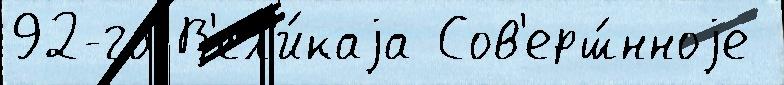
92-го В'ел'и́каjа Сов'ерш́нноjе